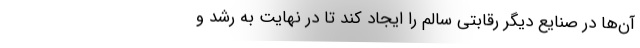
آن‌ها در صنایع دیگر رقابتی سالم را ایجاد کند تا در نهایت به رشد و